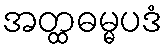
အတ္ထဓမ္မပဒံ